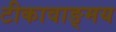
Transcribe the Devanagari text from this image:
टीकावाङ्मय